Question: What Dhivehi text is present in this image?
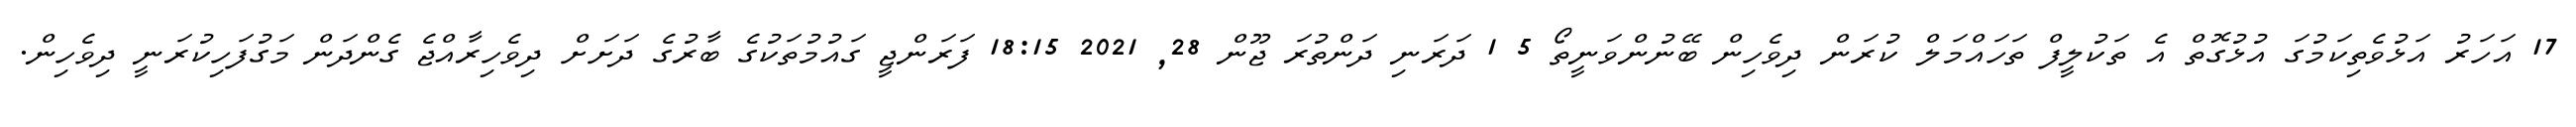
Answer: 17 އަހަރު އަޅުވެތިކަމުގަ އުޅުގޮތް އެ ތަކުލީފް ތަހައްމަލް ކުރަން ދިވެހިން ބޭނުންވަނީތޯ 5 1 ދަރަނި ދަންތުރަ ޖޫން 28, 2021 18:15 ފަރަންޖީ ގައުމުތަކުގެ ބާރުގެ ދަށަށް ދިވެހިރާއްޖެ ގެންދަން މަގުފަހިކުރަނީ ދިވެހިން.